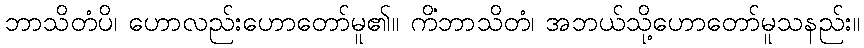
ဘာသိတံပိ၊ ဟောလည်းဟောတော်မူ၏။ ကိံဘာသိတံ၊ အဘယ်သို့ဟောတော်မူသနည်း။